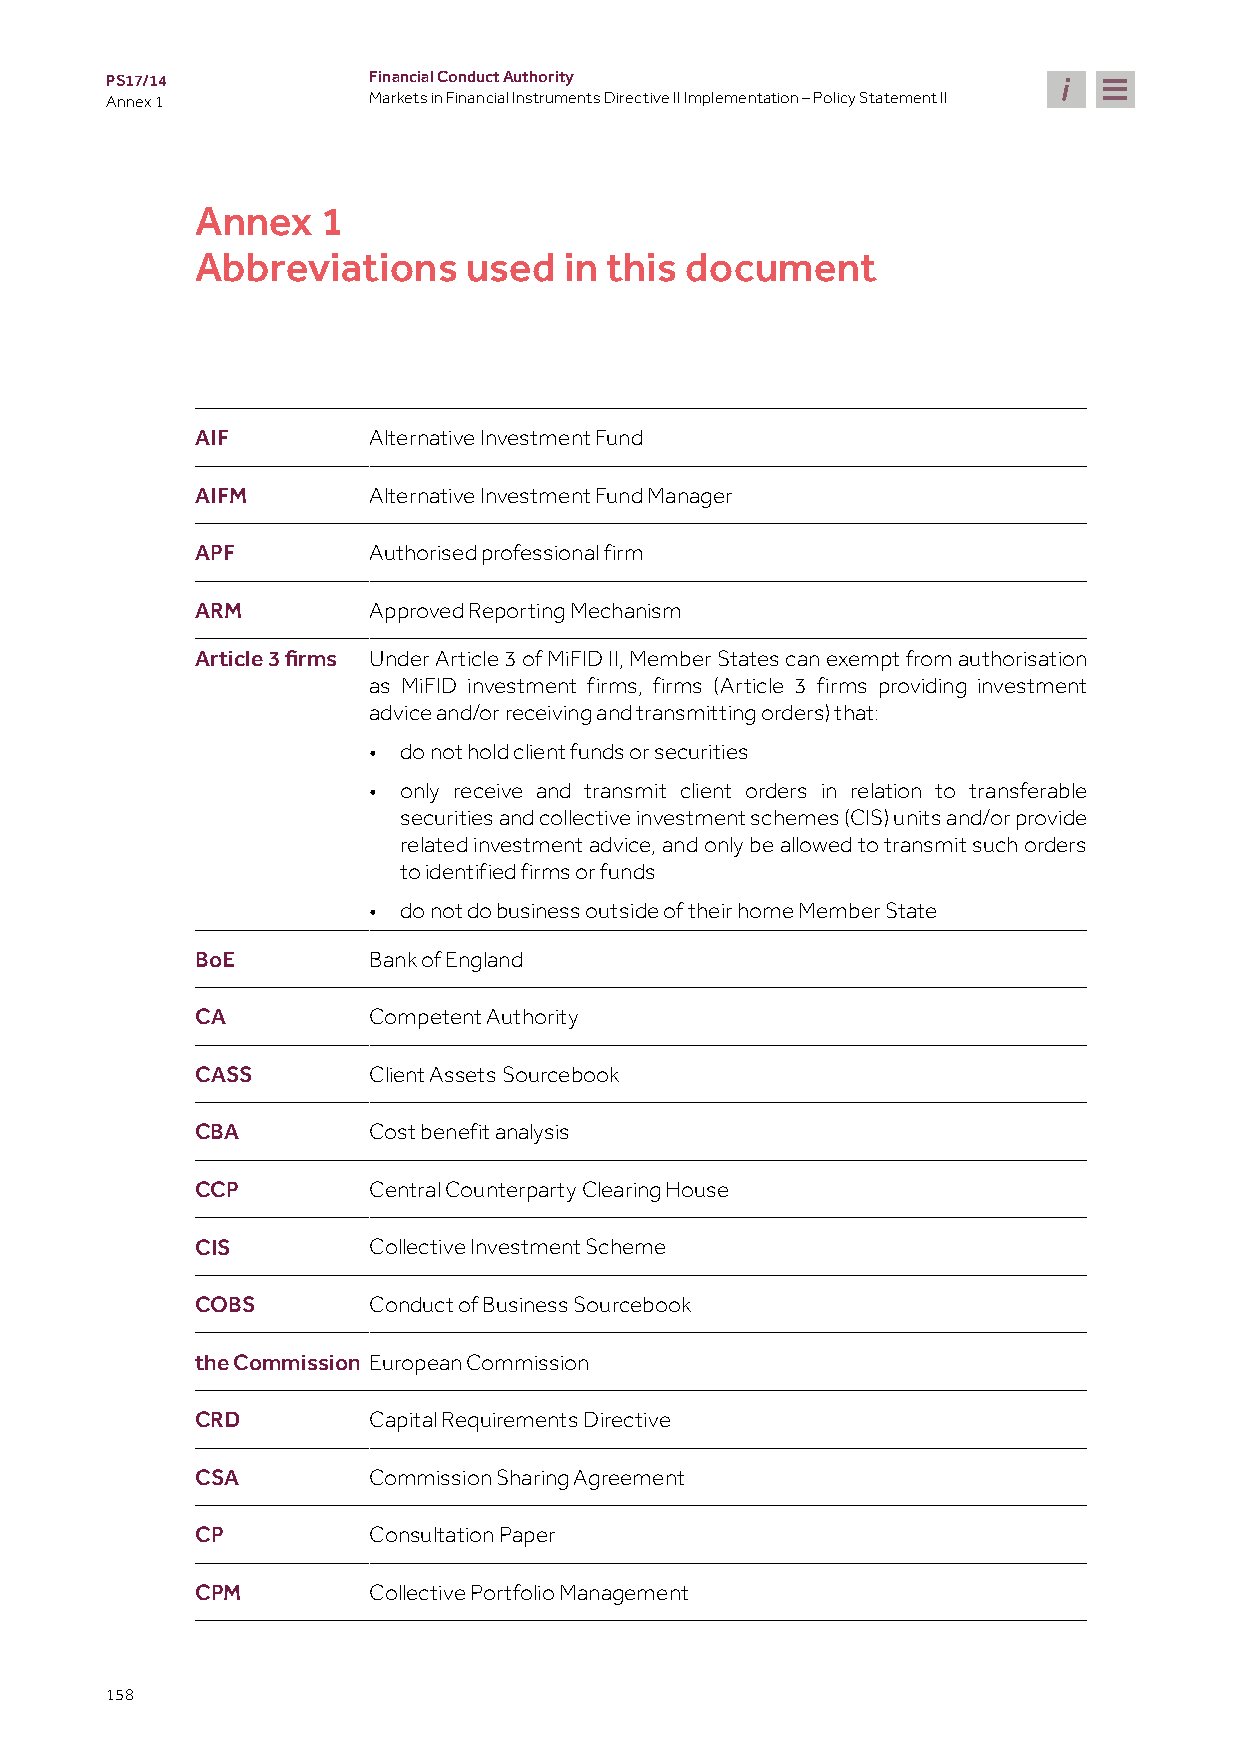
PS17/14          Financial Conduct Authority
 Annex 1          Markets in Financial Instruments Directive II Implementation – Policy Statement II
 Annex   1
 Abbreviations     used  in this document
 AIF        Alternative Investment Fund
 AIFM       Alternative Investment Fund Manager
 APF        Authorised professional firm
 ARM        Approved Reporting Mechanism
 Under Article 3 of MiFID II, Member States can exempt from authorisation
 Article 3 firms
 as MiFID investment firms, firms (Article 3 firms providing investment
 advice and/or receiving and transmitting orders) that:
 • do not hold client funds or securities
 • only receive and transmit client orders in relation to transferable
 securities and collective investment schemes (CIS) units and/or provide
 related investment advice, and only be allowed to transmit such orders
 to identified firms or funds
 • do not do business outside of their home Member State
 BoE        Bank of England
 CA         Competent Authority
 CASS       Client Assets Sourcebook
 CBA        Cost benefit analysis
 CCP        Central Counterparty Clearing House
 CIS        Collective Investment Scheme
 COBS       Conduct of Business Sourcebook
 the Commission European Commission
 CRD        Capital Requirements Directive
 CSA        Commission Sharing Agreement
 CP         Consultation Paper
 CPM        Collective Portfolio Management
 158